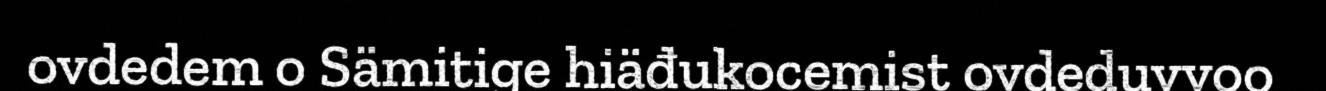
ovdedem o Sämitige hiäđukocemist ovdeduvvoo